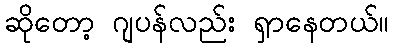
ဆိုတော့ ဂျပန်လည်း ရှာနေတယ်။